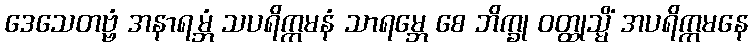
ဒေသေတဗ္ဗံ အနာရမ္ဘံ သပရိက္ကမနံ သာရမ္ဘေ စေ ဘိက္ခု ဝတ္ထုသ္မိံ အပရိက္ကမနေ